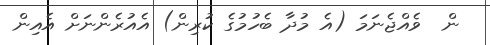
ން  ވެއްޖެނަމަ (އެ މުދާ ބެހުމުގެ ކުރިން) އެއުރެންނަށް އެއިން